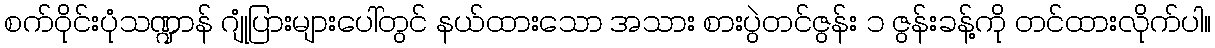
စက်ဝိုင်းပုံသဏ္ဍာန် ဂျုံပြားများပေါ်တွင် နယ်ထားသော အသား စားပွဲတင်ဇွန်း ၁ ဇွန်းခန့်ကို တင်ထားလိုက်ပါ။